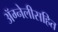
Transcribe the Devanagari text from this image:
ॲग्नेलीसहित